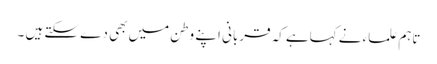
تاہم علماء نے کہاہے کہ قربانی اپنے وطن میں بھی دے سکتے ہیں ۔